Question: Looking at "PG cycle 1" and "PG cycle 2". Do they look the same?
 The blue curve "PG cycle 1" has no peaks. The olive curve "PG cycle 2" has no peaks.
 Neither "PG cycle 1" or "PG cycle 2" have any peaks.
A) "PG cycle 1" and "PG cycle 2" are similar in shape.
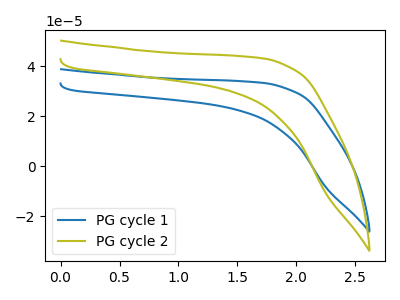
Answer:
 <answer>A) "PG cycle 1" and "PG cycle 2" are similar in shape.</answer>
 <eval>A</eval>